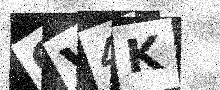
Text: OV4K